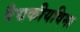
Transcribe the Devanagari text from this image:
वैद्यकीयविमा